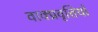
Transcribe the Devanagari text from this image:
वाक्प्रवृत्तियों